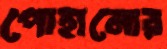
পোহানোর